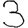
Digit: 3